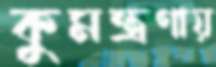
কুমন্ত্রণায়